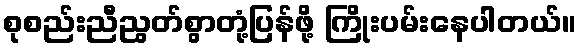
စုစည်းညီညွတ်စွာတုံ့ပြန်ဖို့ ကြိုးပမ်းနေပါတယ်။